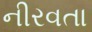
નીરવતા